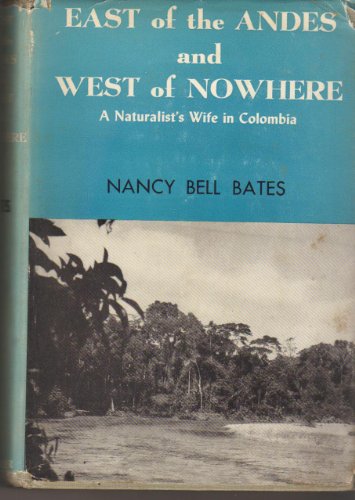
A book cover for East of the Andes and west of nowhere;: A naturalist's wife in Colombia; Nancy Bell Fairchild Bates; Travel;